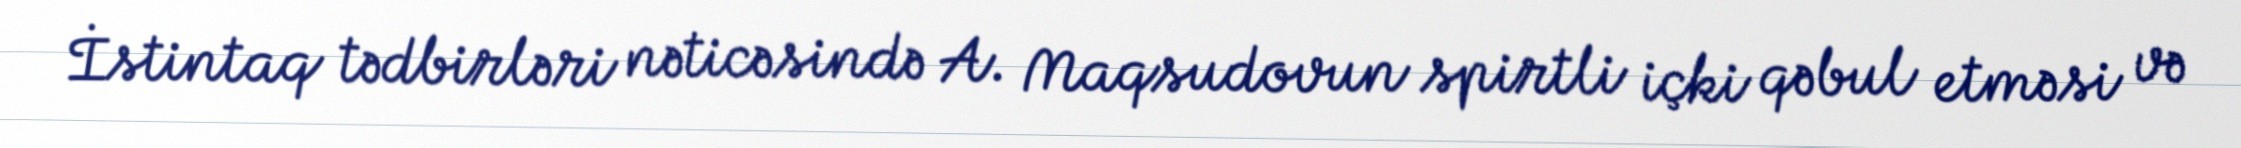
İstintaq tədbirləri nəticəsində A. Maqsudovun spirtli içki qəbul etməsi və